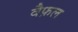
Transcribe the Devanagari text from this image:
वैफ़ल